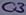
Text: C3